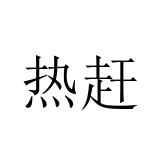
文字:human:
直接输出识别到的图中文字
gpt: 热赶